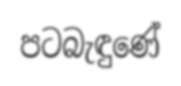
පටබැඳුණේ